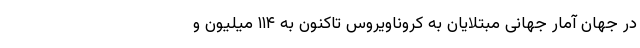
در جهان آمار جهانیِ مبتلایان به کروناویروس تاکنون به ۱۱۴ میلیون و